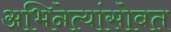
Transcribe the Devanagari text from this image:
अभिनेत्यांसोबत